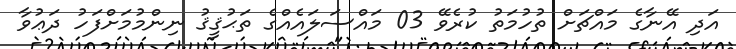
އަދި އޭނާގެ މައްޗަށް ތުހުމަތު ކުރެވޭ 03 މައްސަލައެއްގެ ތަޙުޤީޤު ނިންމުމަށްފަހު ދަޢުވާ